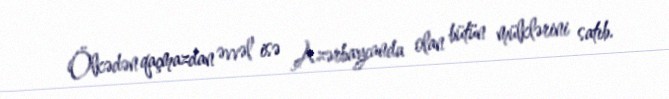
Ölkədən qaçmazdan əvvəl isə Azərbaycanda olan bütün mülklərini satıb.